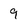
Character: 9